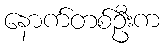
နောက်တစ်ဦးက